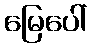
မြေပေါ်